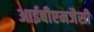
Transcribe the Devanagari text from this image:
आईबीएमजैसी